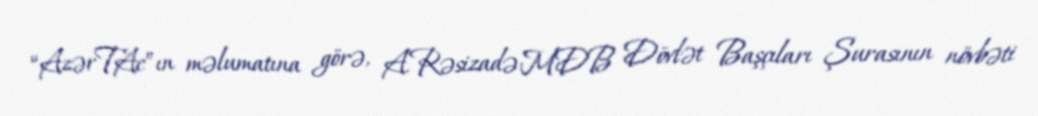
“AzərTAc”ın məlumatına görə, A.Rəsizadə MDB Dövlət Başçıları Şurasının növbəti